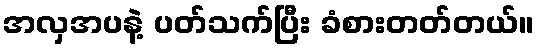
အလှအပနဲ့ ပတ်သက်ပြီး ခံစားတတ်တယ်။